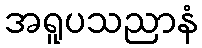
အရူပသညာနံ